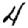
Digit: 4